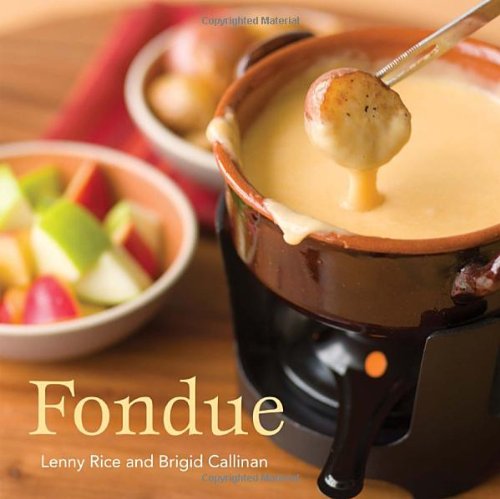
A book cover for Fondue; Lenny Rice; Cookbooks, Food & Wine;